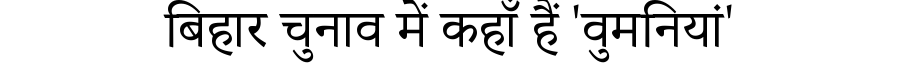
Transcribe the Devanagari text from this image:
बिहार चुनाव में कहाँ हैं 'वुमनियां'